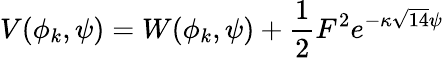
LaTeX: {V(\phi_{k},\psi)=W(\phi_{k},\psi)+\frac{1}{2}F^{2}e^{-\kappa\sqrt{14}\psi}}